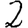
Digit: 2